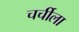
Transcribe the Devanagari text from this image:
चर्चीला